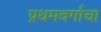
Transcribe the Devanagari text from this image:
प्रथमवर्गाचा